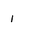
Letter: _alif